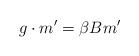
LaTeX: \begin{align*}g\cdot m' = \beta B m'\end{align*}